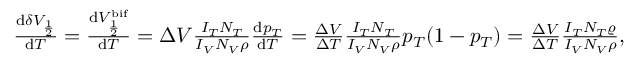
\begin{array} { r } { \frac { \mathrm { d } \delta V _ { \frac { 1 } { 2 } } } { \mathrm { d } T } = \frac { \mathrm { d } V _ { \frac { 1 } { 2 } } ^ { \mathrm { b i f } } } { \mathrm { d } T } = \Delta V \frac { I _ { T } N _ { T } } { I _ { V } N _ { V } \rho } \frac { \mathrm { d } p _ { T } } { \mathrm { d } T } = \frac { \Delta V } { \Delta T } \frac { I _ { T } N _ { T } } { I _ { V } N _ { V } \rho } p _ { T } ( 1 - p _ { T } ) = \frac { \Delta V } { \Delta T } \frac { I _ { T } N _ { T } \varrho } { I _ { V } N _ { V } \rho } , } \end{array}